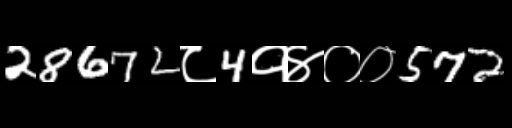
Text: 28672८4१४००572